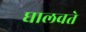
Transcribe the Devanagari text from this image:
घालवते